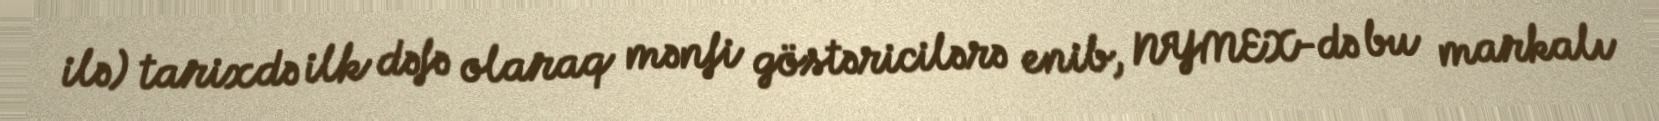
ilə) tarixdə ilk dəfə olaraq mənfi göstəricilərə enib, NYMEX-də bu markalı